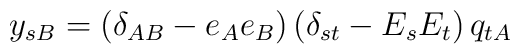
y_{sB} = (\delta_{AB} - e_Ae_B ) \, (\delta_{st} - E_s E_t ) \, q_{tA}